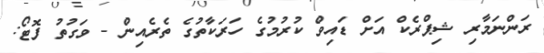
ރަންނަމާރި ޝިޕްރެކް އަށް ޑައިވް ކުރުމުގެ ހަރަކާތުގެ ތެރެއިން - ވަގުތު ފޮޓޯ: